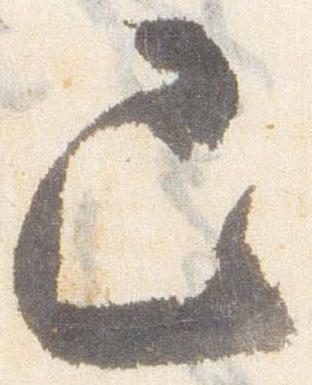
已